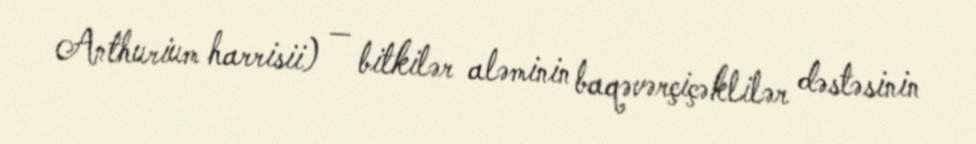
Anthurium harrisii) — bitkilər aləminin baqəvərçiçəklilər dəstəsinin